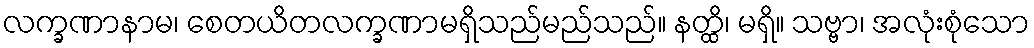
လက္ခဏာနာမ၊ စေတယိတလက္ခဏာမရှိသည်မည်သည်။ နတ္ထိ၊ မရှိ။ သဗ္ဗာ၊ အလုံးစုံသော